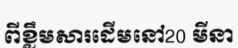
ពីខ្លឹមសារដើមនៅ20 មីនា